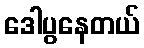
ဒေါပွနေတယ်